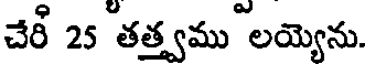
చేరీ 25 తత్త్వము లయ్యెను.